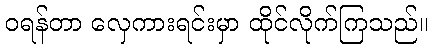
ဝရန်တာ လှေကားရင်းမှာ ထိုင်လိုက်ကြသည်။